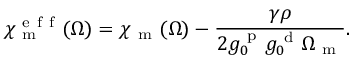
\chi _ { \mathrm { ~ m ~ } } ^ { \mathrm { ~ e ~ f ~ f ~ } } ( \Omega ) = \chi _ { \mathrm { ~ m ~ } } ( \Omega ) - \frac { \gamma \rho } { 2 g _ { 0 } ^ { \mathrm { ~ p ~ } } g _ { 0 } ^ { \mathrm { ~ d ~ } } \Omega _ { \mathrm { ~ m ~ } } } .